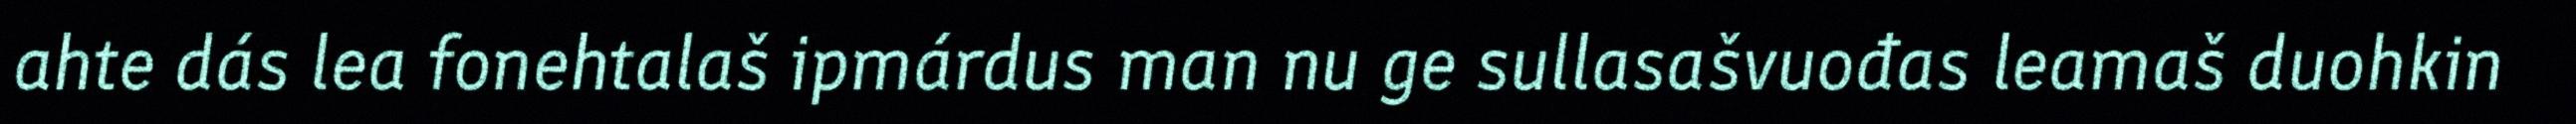
ahte dás lea fonehtalaš ipmárdus man nu ge sullasašvuođas leamaš duohkin